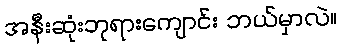
အနီးဆုံးဘုရားကျောင်း ဘယ်မှာလဲ။